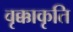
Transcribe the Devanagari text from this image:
वृक्काकृति